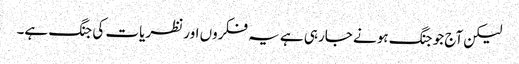
لیکن آج جو جنگ ہونے جارہی ہے یہ فکروں اور نظریات کی جنگ ہے۔